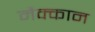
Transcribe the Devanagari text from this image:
मैक्कान